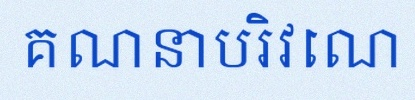
គណនាបរិវេណ